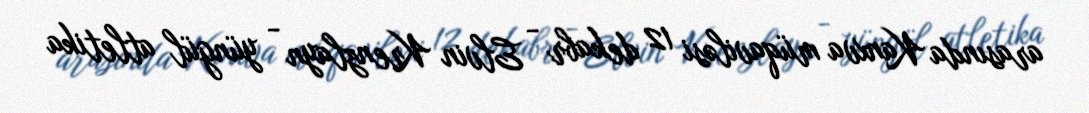
arasında Kanxva müqaviləsi 12 dekabr - Elvin Krenzlayn - yüngül atletika